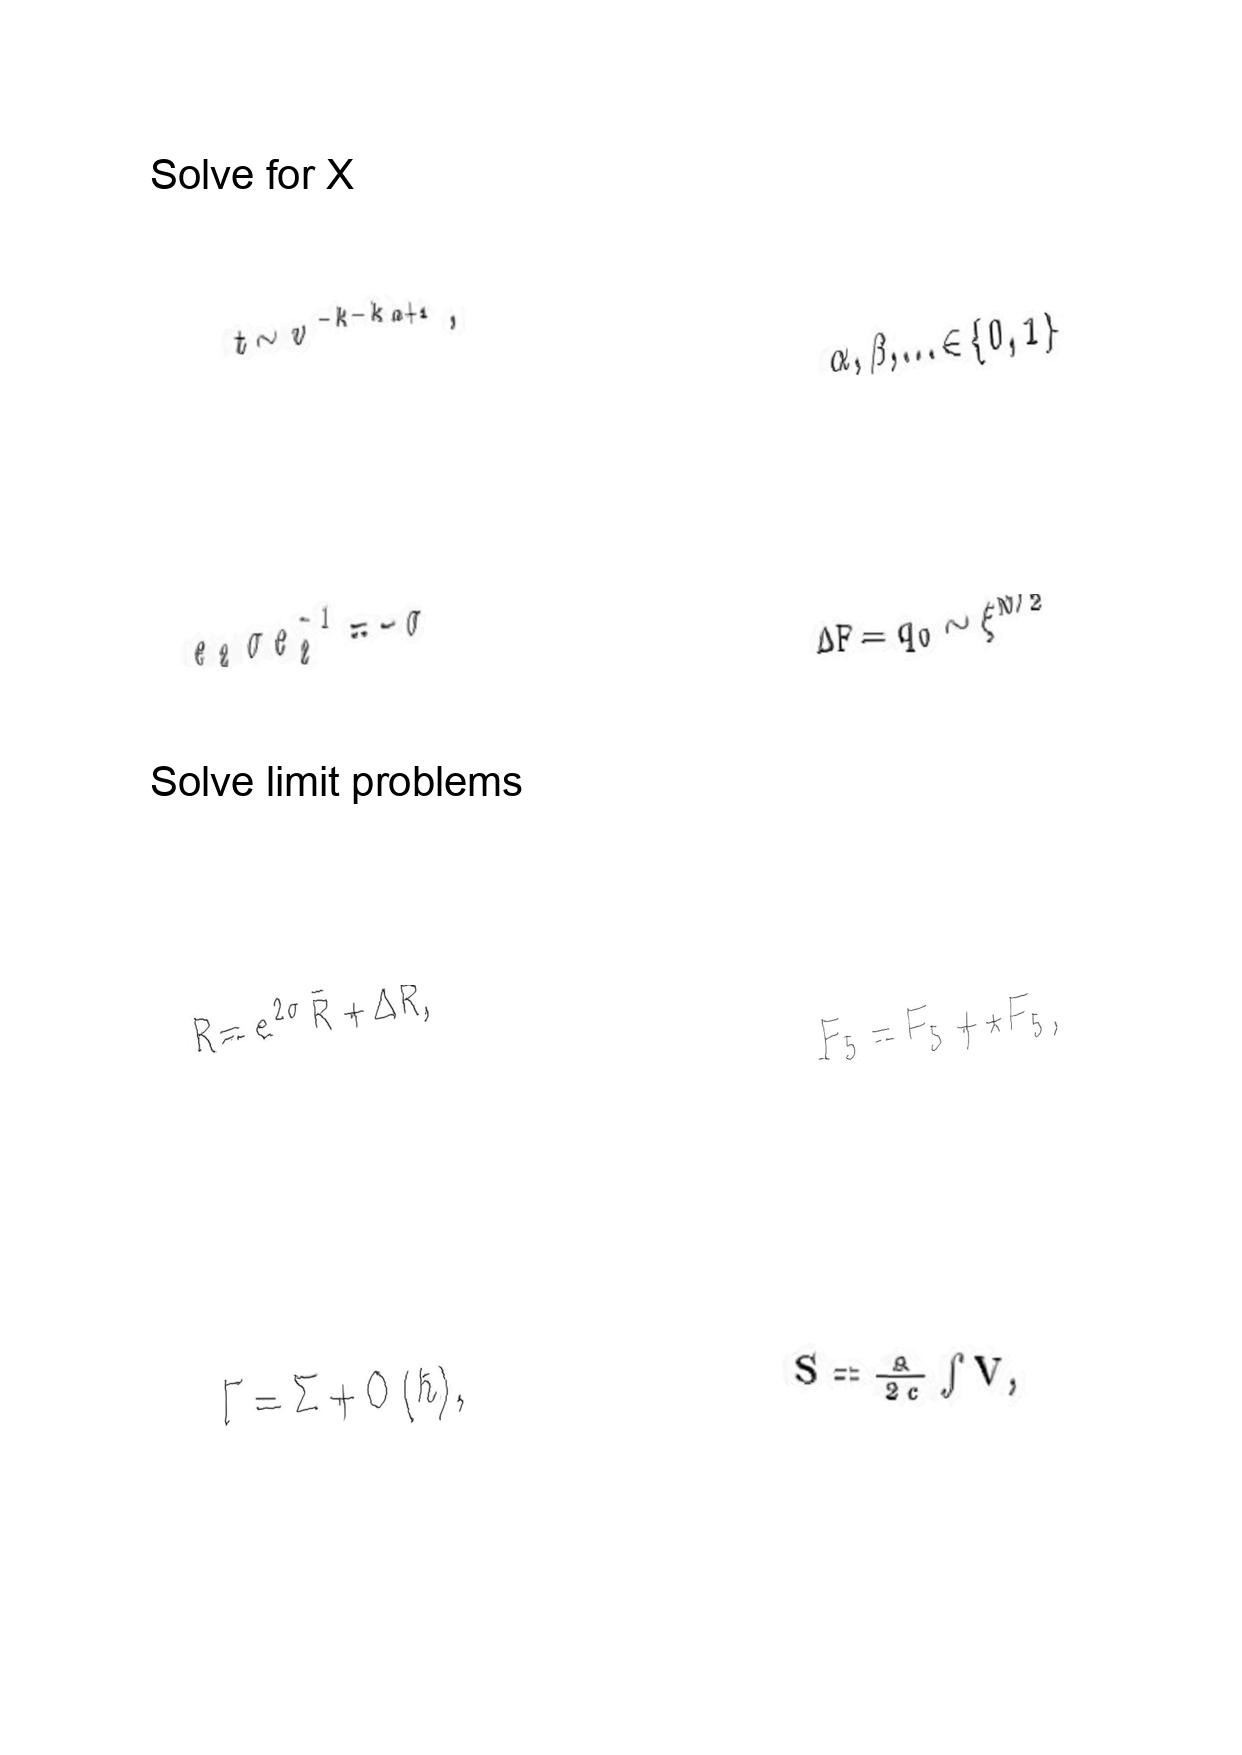
LaTeX transcription:
t \sim v ^ { - k - k _ { \alpha + 1 } } ,
e _ { 2 } \sigma e _ { 2 } ^ { - 1 } = - \sigma
R = e ^ { 2 \sigma } \bar { R } + \Delta R ,
\Gamma = \Sigma + O \lparen \hbar \rparen ,
\alpha , \beta , \ldots \in \lbrace 0 , 1 \rbrace
\Delta F = q _ { 0 } \sim \xi ^ { N / 2 }
F _ { 5 } = F _ { 5 } + \star F _ { 5 } ,
S = \frac { a } { 2 c } \int V ,